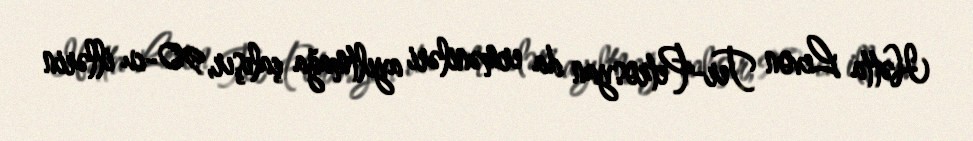
Hətta Levon Ter-Petrosyan da erməniləri ayıltmağa çalışır, 90-cu illərin